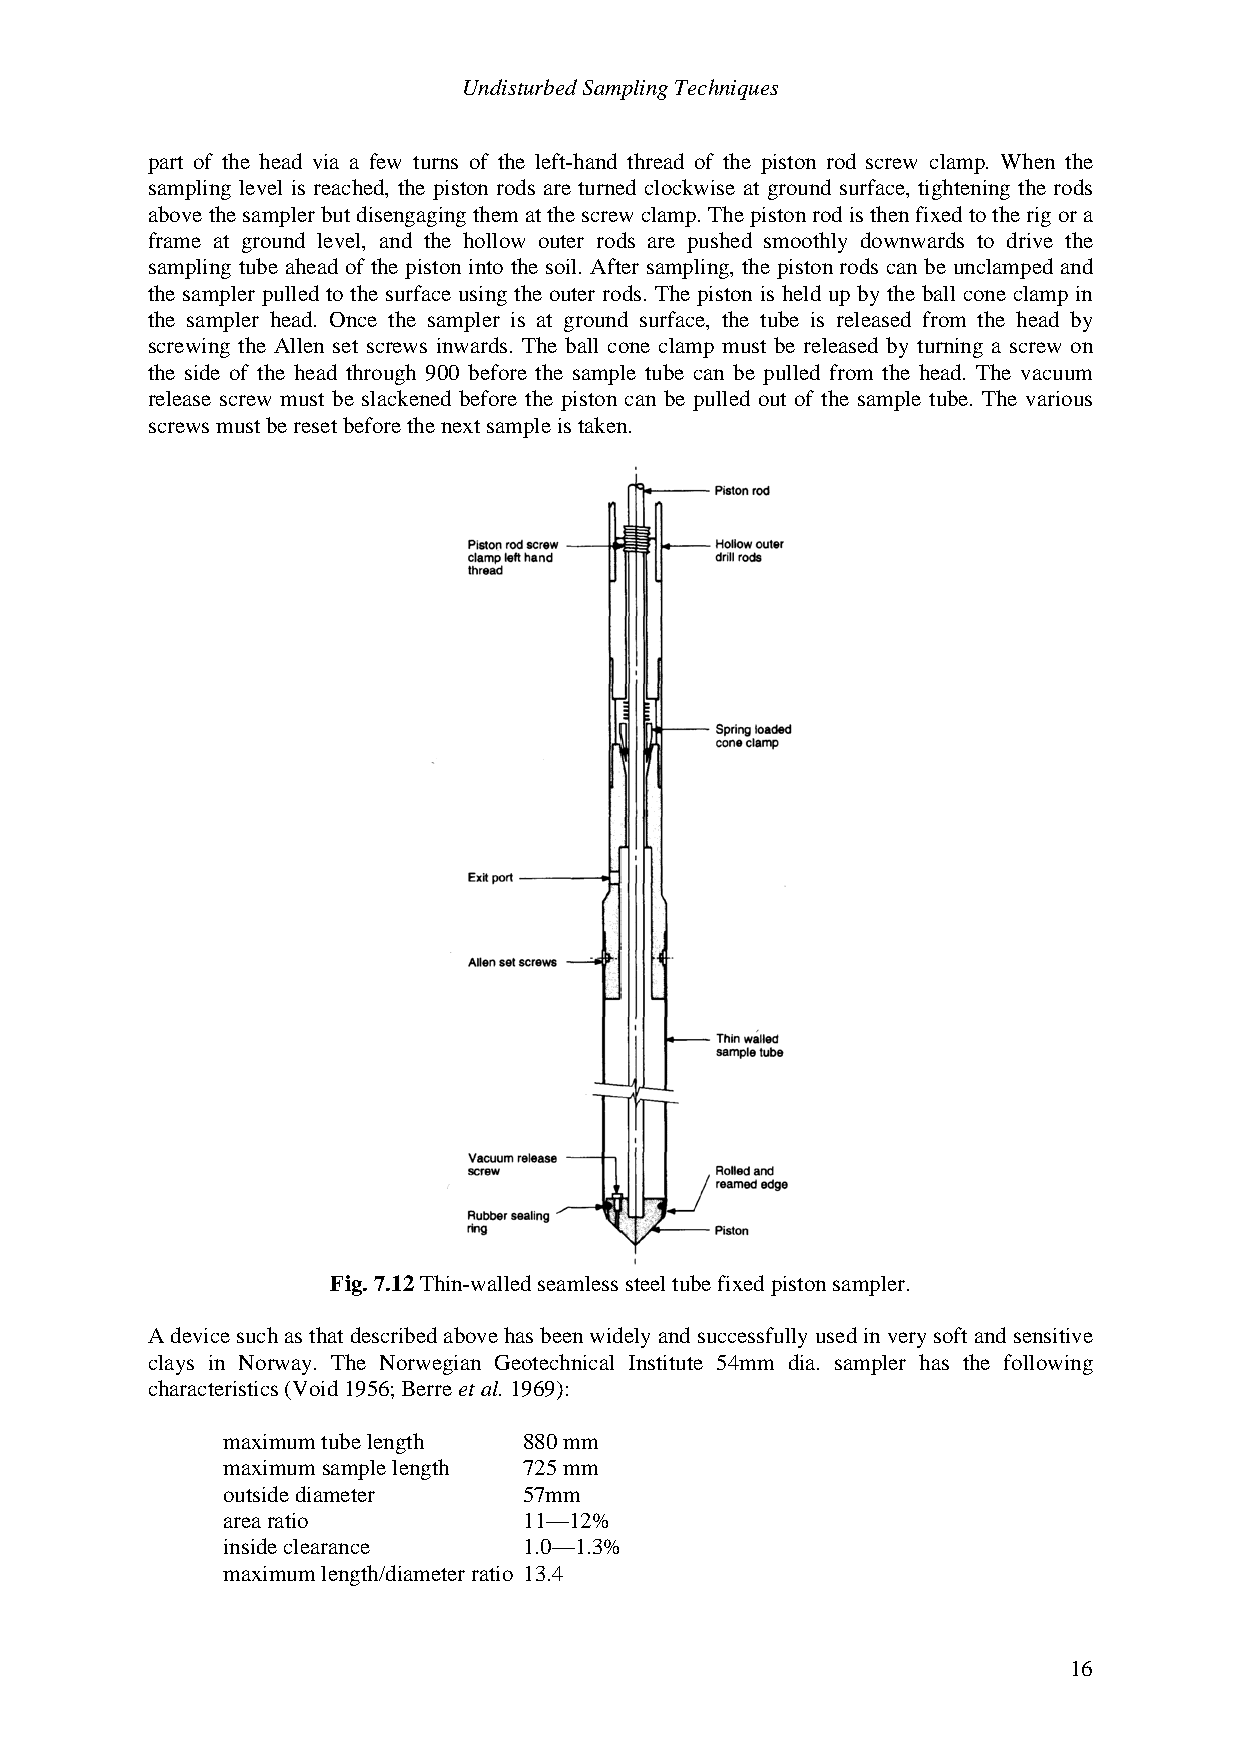
Undisturbed Sampling Techniques
 part of the head via a few turns of the left-hand thread of the piston rod screw clamp. When the
 sampling level is reached, the piston rods are turned clockwise at ground surface, tightening the rods
 above the sampler but disengaging them at the screw clamp. The piston rod is then fixed to the rig or a
 frame at ground level, and the hollow outer rods are pushed smoothly downwards to drive the
 sampling tube ahead of the piston into the soil. After sampling, the piston rods can be unclamped and
 the sampler pulled to the surface using the outer rods. The piston is held up by the ball cone clamp in
 the sampler head. Once the sampler is at ground surface, the tube is released from the head by
 screwing the Allen set screws inwards. The ball cone clamp must be released by turning a screw on
 the side of the head through 900 before the sample tube can be pulled from the head. The vacuum
 release screw must be slackened before the piston can be pulled out of the sample tube. The various
 screws must be reset before the next sample is taken.
 Fig. 7.12 Thin-walled seamless steel tube fixed piston sampler.
 A device such as that described above has been widely and successfully used in very soft and sensitive
 clays in Norway. The Norwegian Geotechnical Institute 54mm dia. sampler has the following
 characteristics (Void 1956; Berre et al. 1969):
 maximum tube length 880 mm
 maximum sample length 725 mm
 outside diameter    57mm
 area ratio          11—12%
 inside clearance    1.0—1.3%
 maximum length/diameter ratio 13.4
 16